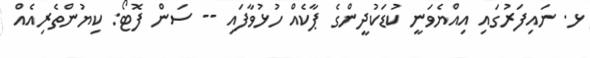
ޅ. ނައިފަރުގައި އިއްޔެވަނީ ކުޑަކުދީންގެ ޕާކެއް ހުޅުވާފައި -- ސަން ފޮޓޯ: ކިޔުންތެރިއެއް